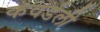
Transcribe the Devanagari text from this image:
कवर्डली